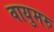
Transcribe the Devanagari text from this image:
वायुमरु